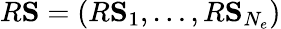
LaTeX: R{\mathbf{S}}=(R{\mathbf{S}}_{1},\ldots,R{\mathbf{S}}_{N_{e}})